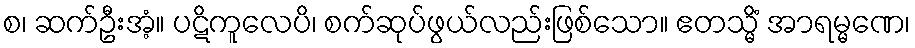
စ၊ ဆက်ဦးအံ့။ ပဋိကူလေပိ၊ စက်ဆုပ်ဖွယ်လည်းဖြစ်သော။ ဧတသ္မိံ အာရမ္မဏေ၊